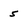
Character: 5